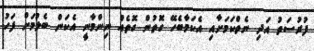
ފުރުސަތު އަދި ނެތްކަމަށާއި އެކަމާބެހޭ ގޮތުން ގޮތެއް ނިންމާނީ އެކަން ބެލުމަށް ފަހު